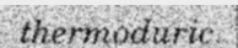
thermoduric